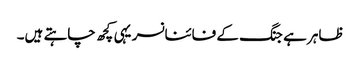
ظاہر ہے جنگ کے فائنانسر یہی کچھ چاہتے ہیں۔